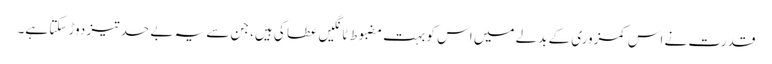
قدرت نے اس کمزوری کے بدلے میں اس کو بہت مضبوط ٹانگیں عطا کی ہیں، جن سے یہ بے حد تیز دوڑ سکتا ہے۔